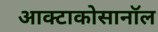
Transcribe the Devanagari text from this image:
आक्टाकोसानॉल